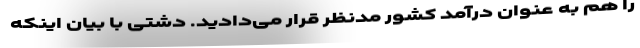
را هم به عنوان درآمد کشور مدنظر قرار می‌دادید. دشتی با بیان اینکه